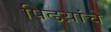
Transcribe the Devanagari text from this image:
पिढय़ांचे